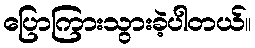
ပြောကြားသွားခဲ့ပါတယ်။